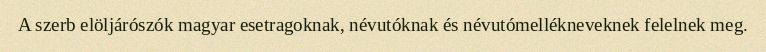
A szerb elöljárószók magyar esetragoknak, névutóknak és névutómellékneveknek felelnek meg.